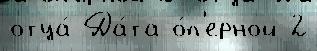
отца́ Да́та о́п'ерной 2